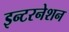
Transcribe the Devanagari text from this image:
इन्टरनेशन